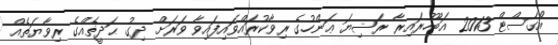
އޯގަސްޓް 2013 އަބޫހުރައިރާ ރަޟިޔަ ޢަންހުގެ ރިވާކުރައްވައިފައިވާ ވަރަށް ދިގު ޙަދީޡެއްގެ ރިވާޔަތެއް